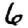
Digit: 6